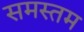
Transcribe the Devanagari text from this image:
समस्तम